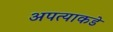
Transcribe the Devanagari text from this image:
अपत्याकडे